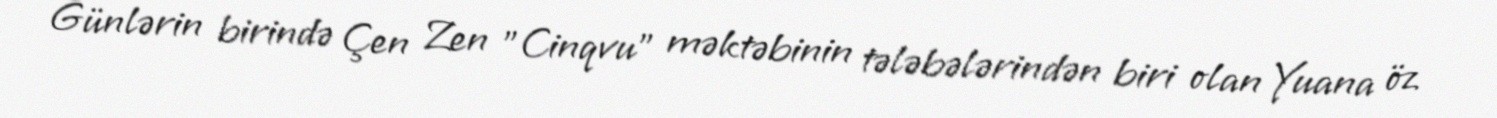
Günlərin birində Çen Zen "Cinqvu" məktəbinin tələbələrindən biri olan Yuana öz